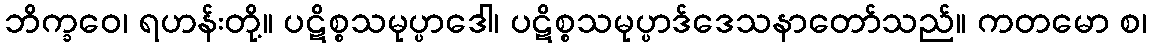
ဘိက္ခဝေ၊ ရဟန်းတို့။ ပဋိစ္စသမုပ္ပာဒေါ၊ ပဋိစ္စသမုပ္ပာဒ်ဒေသနာတော်သည်။ ကတမော စ၊